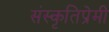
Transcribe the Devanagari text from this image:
संस्कृतिप्रेमी